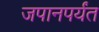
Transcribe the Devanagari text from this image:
जपानपर्यंत